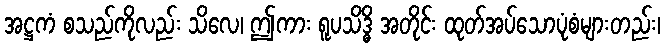
အဋ္ဌကံ စသည်ကိုလည်း သိလေ၊ ဤကား ရူပသိဒ္ဓိ အတိုင်း ထုတ်အပ်သောပုံစံများတည်း၊